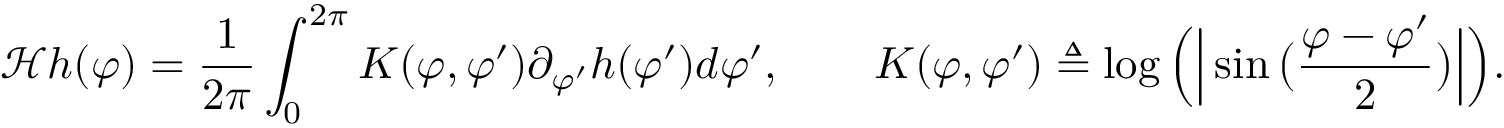
\mathcal { H } h ( \varphi ) = \frac { 1 } { 2 \pi } \int _ { 0 } ^ { 2 \pi } K ( \varphi , \varphi ^ { \prime } ) \partial _ { \varphi ^ { \prime } } h ( \varphi ^ { \prime } ) d \varphi ^ { \prime } , \qquad K ( \varphi , \varphi ^ { \prime } ) \triangleq \log \Big ( \Big | \sin \big ( \frac { \varphi - \varphi ^ { \prime } } { 2 } \big ) \Big | \Big ) .